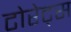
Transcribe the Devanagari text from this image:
टोरेट्स